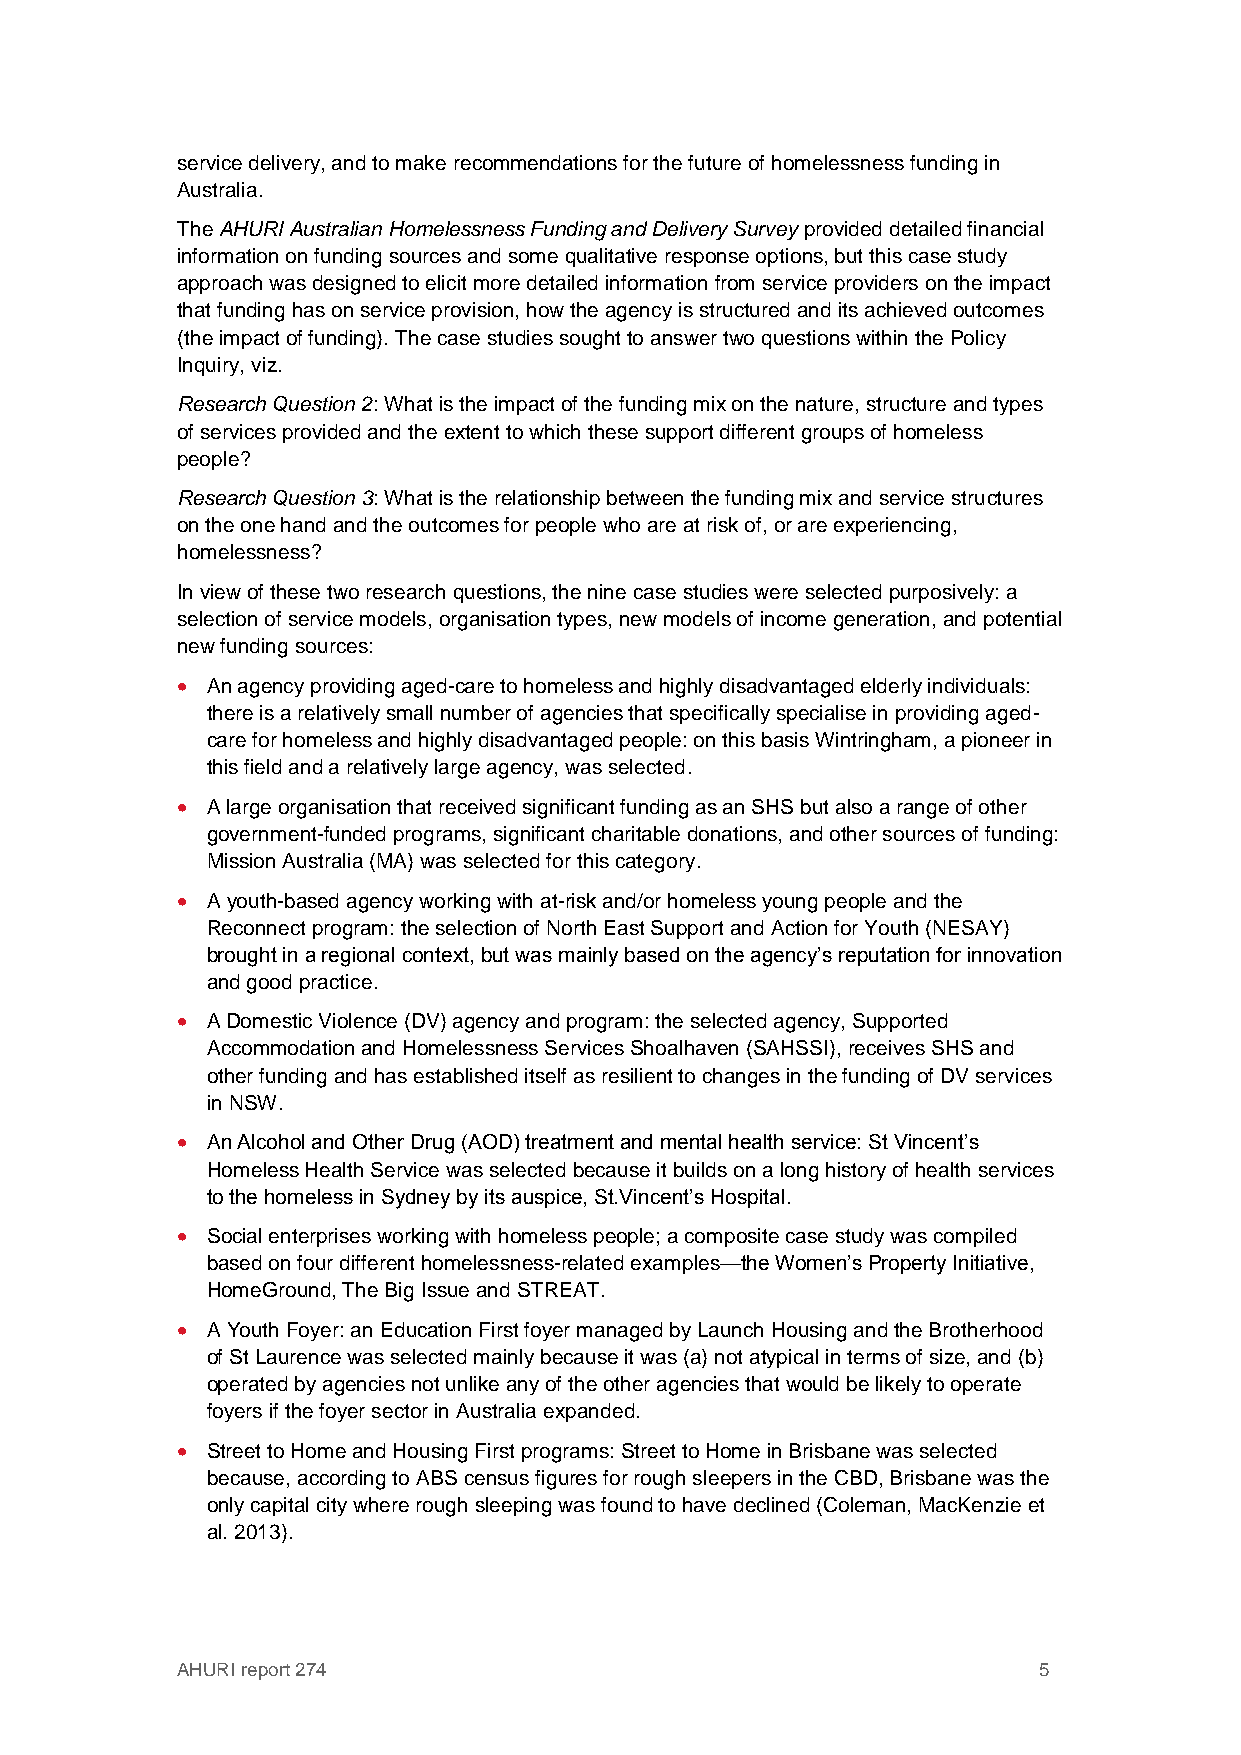
service delivery, and to make recommendations for the future of homelessness funding in
 Australia.
 The AHURI Australian Homelessness Funding and Delivery Survey provided detailed financial
 information on funding sources and some qualitative response options, but this case study
 approach was designed to elicit more detailed information from service providers on the impact
 that funding has on service provision, how the agency is structured and its achieved outcomes
 (the impact of funding). The case studies sought to answer two questions within the Policy
 Inquiry, viz.
 Research Question 2: What is the impact of the funding mix on the nature, structure and types
 of services provided and the extent to which these support different groups of homeless
 people?
 Research Question 3: What is the relationship between the funding mix and service structures
 on the one hand and the outcomes for people who are at risk of, or are experiencing,
 homelessness?
 In view of these two research questions, the nine case studies were selected purposively: a
 selection of service models, organisation types, new models of income generation, and potential
 new funding sources:
  An agency providing aged-care to homeless and highly disadvantaged elderly individuals:
 there is a relatively small number of agencies that specifically specialise in providing aged-
 care for homeless and highly disadvantaged people: on this basis Wintringham, a pioneer in
 this field and a relatively large agency, was selected.
  A large organisation that received significant funding as an SHS but also a range of other
 government-funded programs, significant charitable donations, and other sources of funding:
 Mission Australia (MA) was selected for this category.
  A youth-based agency working with at-risk and/or homeless young people and the
 Reconnect program: the selection of North East Support and Action for Youth (NESAY)
 brought in a regional context, but was mainly based on the agency’s reputation for innovation
 and good practice.
  A Domestic Violence (DV) agency and program: the selected agency, Supported
 Accommodation and Homelessness Services Shoalhaven (SAHSSI), receives SHS and
 other funding and has established itself as resilient to changes in the funding of DV services
 in NSW.
  An Alcohol and Other Drug (AOD) treatment and mental health service: St Vincent’s
 Homeless Health Service was selected because it builds on a long history of health services
 to the homeless in Sydney by its auspice, St.Vincent’s Hospital.
  Social enterprises working with homeless people; a composite case study was compiled
 based on four different homelessness-related examples—the Women’s Property Initiative,
 HomeGround, The Big Issue and STREAT.
  A Youth Foyer: an Education First foyer managed by Launch Housing and the Brotherhood
 of St Laurence was selected mainly because it was (a) not atypical in terms of size, and (b)
 operated by agencies not unlike any of the other agencies that would be likely to operate
 foyers if the foyer sector in Australia expanded.
  Street to Home and Housing First programs: Street to Home in Brisbane was selected
 because, according to ABS census figures for rough sleepers in the CBD, Brisbane was the
 only capital city where rough sleeping was found to have declined (Coleman, MacKenzie et
 al. 2013).
 AHURI report 274                                         5